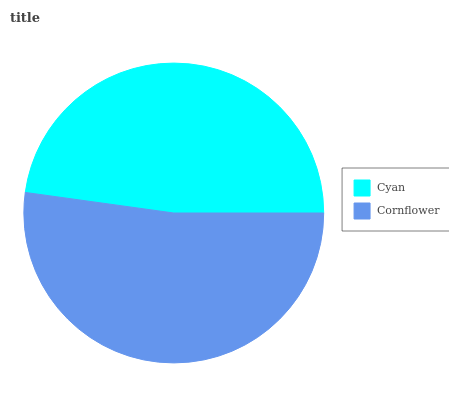
| Cyan | Cornflower |
 | --- | --- |
 | 47.8% | 52.2% |